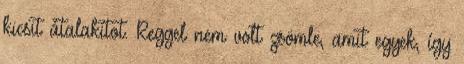
kicsit átalakítot. Reggel nem volt zsömle, amit egyek, így